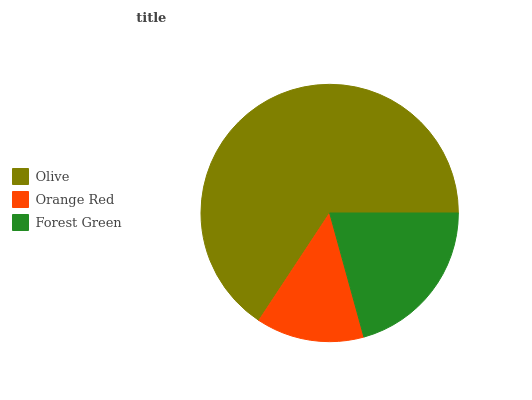
| Olive | Orange Red | Forest Green |
 | --- | --- | --- |
 | 65.7% | 13.6% | 20.7% |